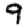
Digit: 9